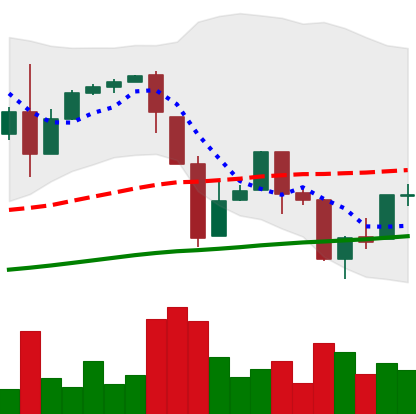
Ticker: BTC-USD
Chart end date: 2017-03-28
Forward return: 5.254%
Label: up_5_7